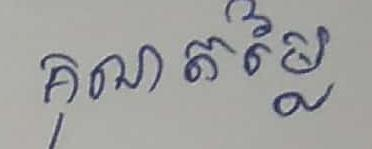
គុណតម្លៃ